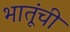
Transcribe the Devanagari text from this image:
भातूंची